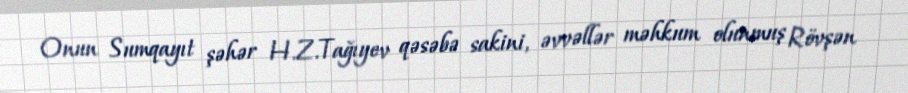
Onun Sumqayıt şəhər H.Z.Tağıyev qəsəbə sakini, əvvəllər məhkum olunmuş Rövşən